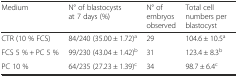
<table><thead><tr><td><b>Medium</b></td><td><b>N° of blastocysts at 7 days (%)</b></td><td><b>N° of embryos observed</b></td><td><b>Total cell numbers per blastocyst</b></td></tr></thead><tbody><tr><td>CTR (10 % FCS)</td><td>84/240 (35.00 ± 1.72)<sup>a</sup></td><td>29</td><td>104.6 ± 10.5<sup>a</sup></td></tr><tr><td>FCS 5 % + PC 5 %</td><td>99/230 (43.04 ± 1.42)<sup>b</sup></td><td>31</td><td>123.4 ± 8.3<sup>b</sup></td></tr><tr><td>PC 10 %</td><td>64/235 (27.23 ± 1.39)<sup>c</sup></td><td>34</td><td>98.7 ± 6.4<sup>c</sup></td></tr></tbody></table>